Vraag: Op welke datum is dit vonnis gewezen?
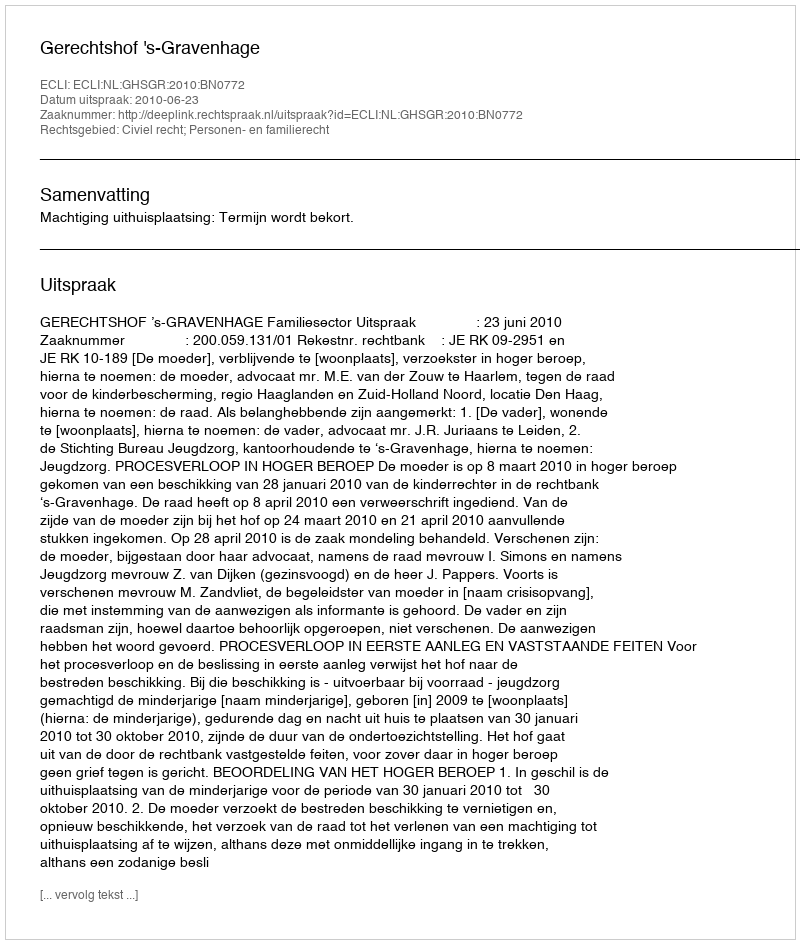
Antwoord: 2010-06-23